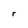
Character: r